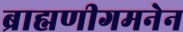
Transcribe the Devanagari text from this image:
ब्राह्मणीगमनेन